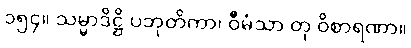
၁၅၄။ သမ္မာဒိဋ္ဌိ ပဘုတိကာ၊ ဝီမံသာ တု ဝိစာရဏာ။